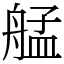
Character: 艋